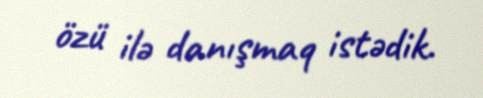
özü ilə danışmaq istədik.